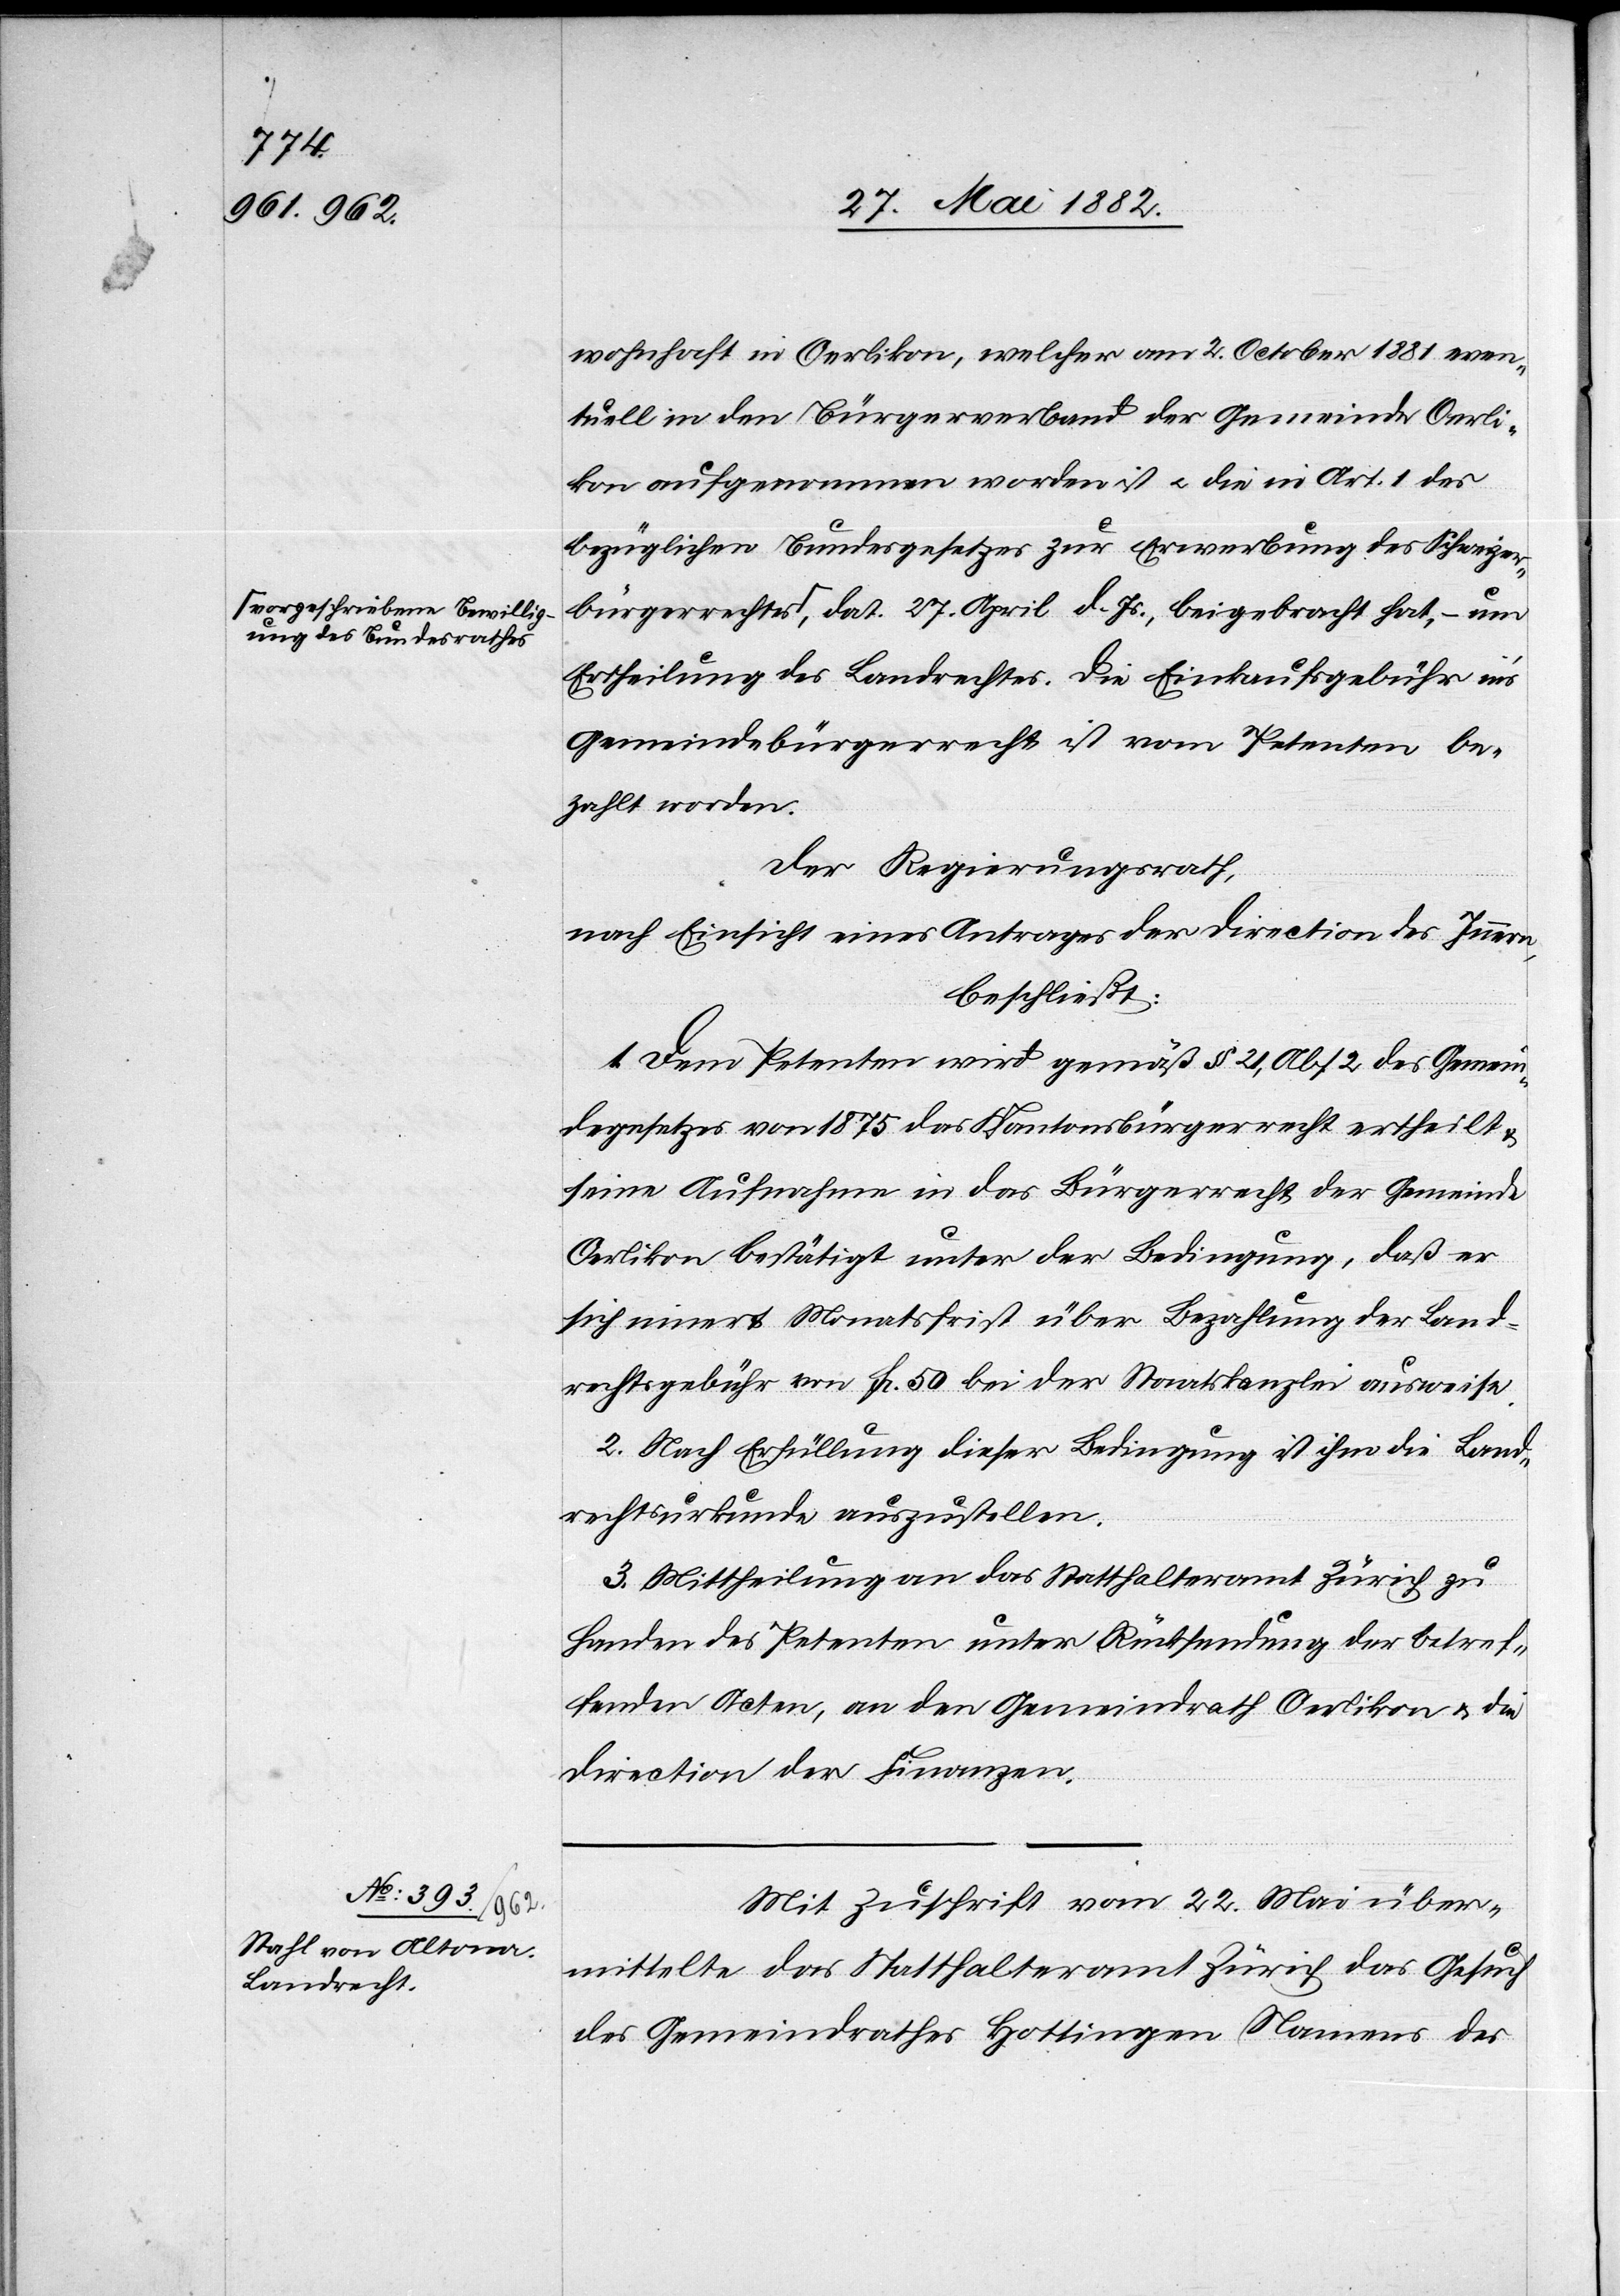
wohnhaft in Oerlikon, welcher am 2. October 1881 even¬
tuell in den Bürgerverband der Gemeinde Oerli¬
kon aufgenommen worden ist u. die in Art. 1 des
bezüglichen Bundesgesetzes zur Erwerbung des Schweizer¬
bürgerrechtes a-vorgeschriebene Bewilligung des Bundesrathes-a,
Ertheilung des Landrechtes. Die Einkaufsgebühr in’s
Gemeindebürgerrecht ist vom Petenten be¬
zahlt worden.
Der Regierungsrath,
nach Einsicht eines Antrages der Direction des Innern,
beschließt:
1. Dem Petenten wird gemäß § 21, Abs. 2 des Gemein¬
degesetzes von 1875 das Kantonsbürgerrecht ertheilt
seine Aufnahme in das Bürgerrecht der Gemeinde
Oerlikon bestätigt unter der Bedingung, daß er
sich innert Monatsfrist über die Bezahlung der Land¬
rechtsgebühr von Fr. 50 bei der Staatskanzlei ausweise.
2. Nach Erfüllung dieser Bedingung ist ihm die Land¬
rechtsurkunde auszustellen.
3. Mittheilung an das Statthalteramt Zürich zu
Handen des Petenten unter Rücksendung der betref¬
fenden Acten, an den Gemeindrath Oerlikon & die
Direction der Finanzen.
Mit Zuschrift vom 22. Mai über¬
mittelte das Statthalteramt Zürich das Gesuch
des Gemeindrathes Hottingen Namens des